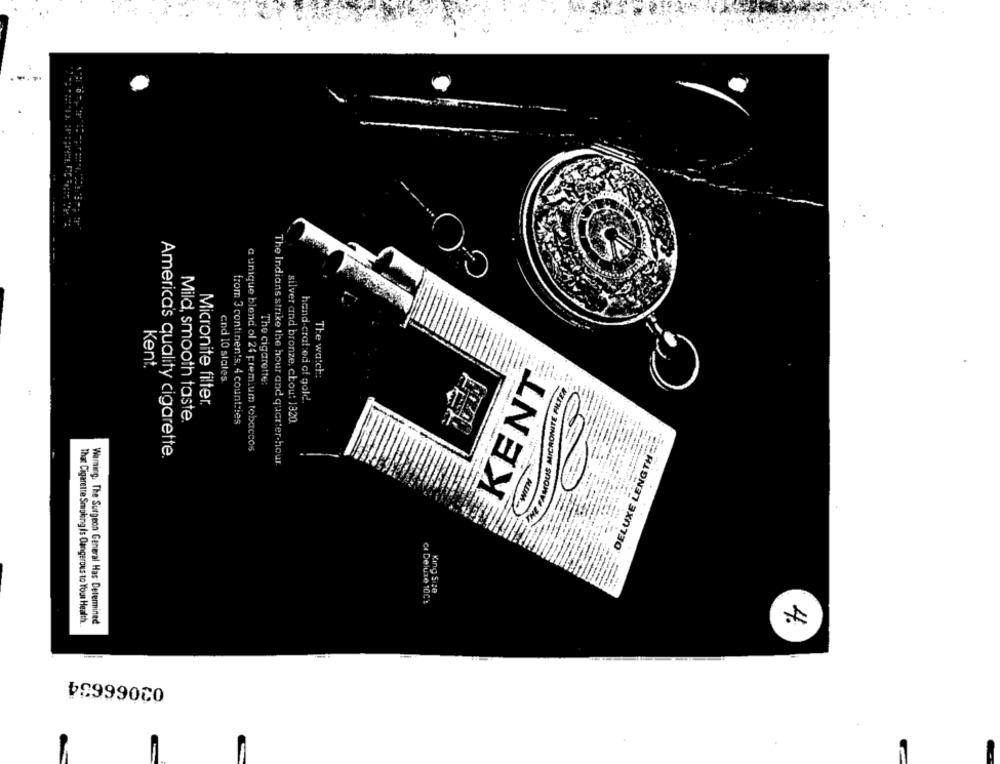
Kent.
The watch:
KENT
and 10 states
The cigarette:
hand-crafted of gold.
Micronite filter.
Mild, smooth taste.
from 3 continents, 4 countries
silver and bronze, chou: 1320.
America's quality cigarette.
a unique blend of 24 premium tobaccos
The Indians strike the hour and quarter-hour.
ECHIDNA1 3XN730
King Size
ce Deluxe 10C's
That Cigarette Smoking Is Dangerous to Your Health.
Warning. The Surgeon General Has Determined
4
03066634